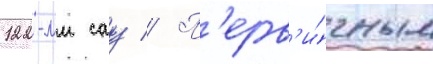
122-мм сау // П'ерв'и́чным